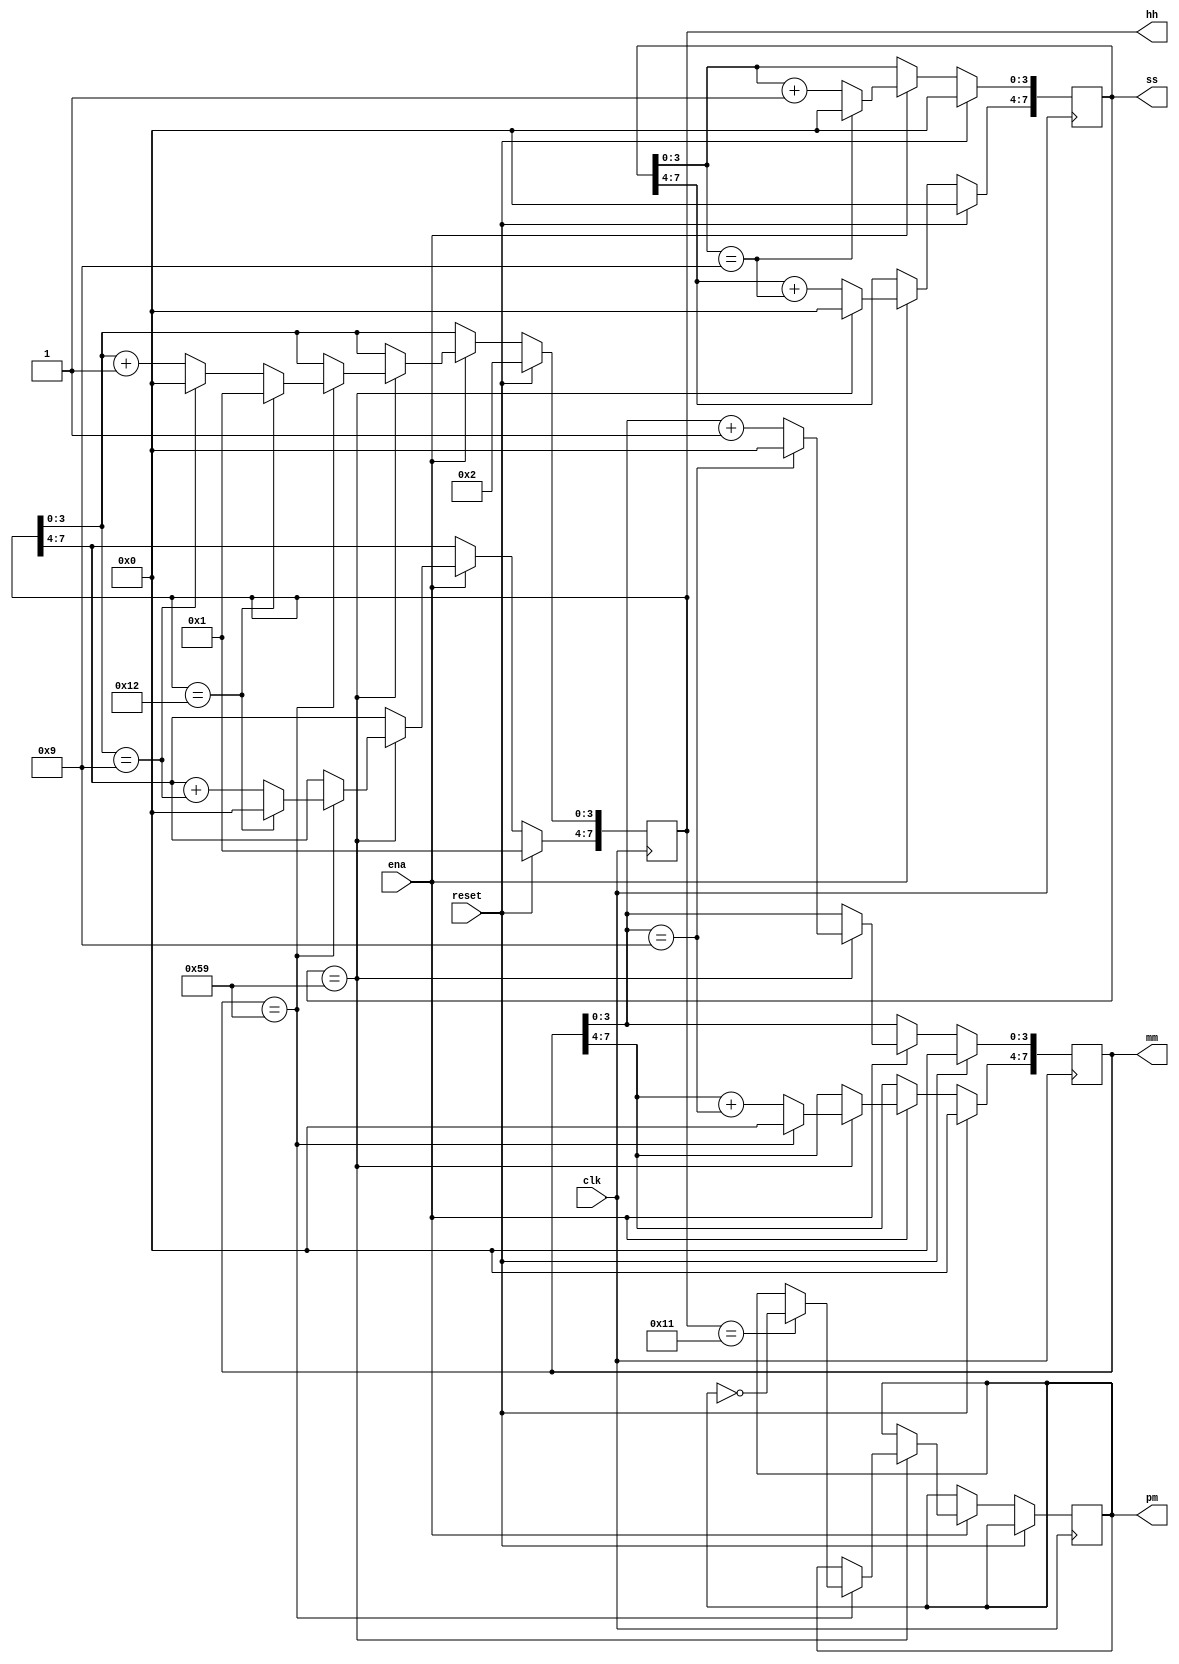
module top_module(
    input clk,
    input reset,
    input ena,
    output pm,
    output [7:0] hh,
    output [7:0] mm,
    output [7:0] ss); 
    
    
    always @(posedge clk) begin
        if(reset) begin
            hh <= 8'h12;
            mm <= 8'h0;
            ss <= 8'h0;
        end
        else begin
            if(ena) begin
                ss[3:0] <= (ss[3:0] == 4'h9)? 0 : ss[3:0] + 1;
                ss[7:4] <= (ss == 8'h59)? 0 : ss[7:4] + (ss[3:0] == 4'h9);
                if(ss == 8'h59) begin
                    mm[3:0] <= (mm[3:0] == 4'h9)? 0 : mm[3:0] + 1;
                    mm[7:4] <= (mm == 8'h59)? 0 : mm[7:4] + (mm[3:0] == 4'h9);
                    if(mm == 8'h59) begin
                        if(hh == 8'h11)
                            pm <= ~pm;
                        if(hh == 8'h12)
                            hh <= 8'h01;
                        else begin
                            hh[3:0] <= (hh[3:0] == 4'h9)? 0 : hh[3:0] + 1;
                            hh[7:4] <= hh[7:4] + (hh[3:0] == 4'h9);
                        end
                	end 
                end
            end
        end    
    end 

endmodule